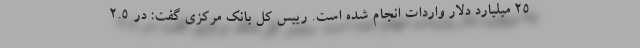
۲۵ میلیارد دلار واردات انجام شده است. رییس کل بانک مرکزی گفت: در ۲.۵